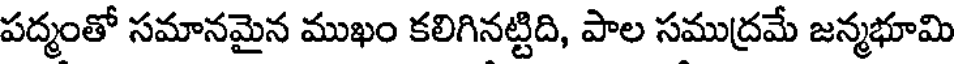
పద్మంతో సమానమైన ముఖం కలిగినట్టిది, పాల సముద్రమే జన్మభూమి